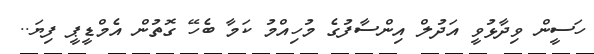
ހަސީން ވިދާޅުވީ އަދުލް އިންސާފުގެ މުހިއްމު ކަމާ ބެހޭ ގޮތުން އެމްޑީޕީ ފިޔަ..